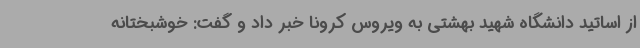
از اساتید دانشگاه شهید بهشتی به ویروس کرونا خبر داد و گفت: خوشبختانه